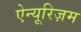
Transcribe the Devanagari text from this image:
ऐन्यूरिज़म